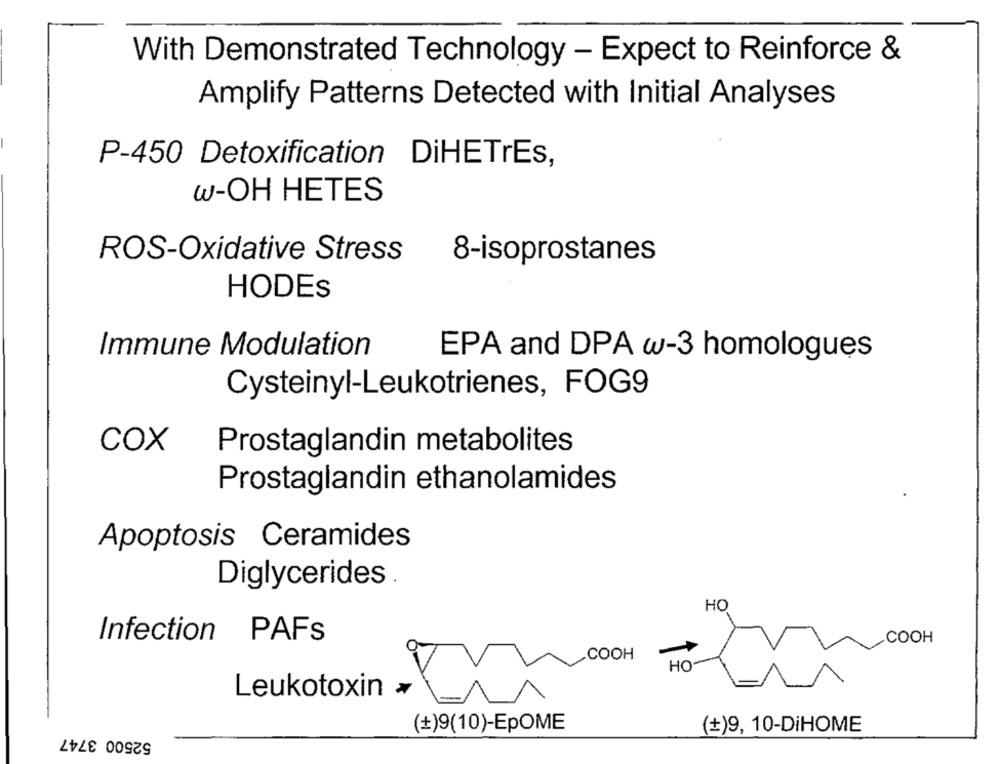
With Demonstrated Technology - Expect to Reinforce &
Amplify Patterns Detected with Initial Analyses
P-450 Detoxification DiHETrEs,
w-OH HETES
ROS-Oxidative Stress
8-isoprostanes
HODES
Immune Modulation
EPA and DPA w-3 homologues
Cysteinyl-Leukotrienes, FOG9
COX
Prostaglandin metabolites
Prostaglandin ethanolamides
Apoptosis Ceramides
Diglycerides
HO
Infection PAFs
COOH
.COOH
HC
Leukotoxin »
(+)9(10)-EpOME
52500 3747
(+)9, 10-DİHOME